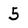
Character: 5